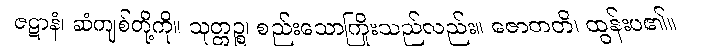
ဇဋာနံ၊ ဆံကျစ်တို့ကို။ သုတ္တဉ္စ၊ စည်းသောကြိုးသည်လည်း။ ဇောတတိ၊ ထွန်းပ၏။